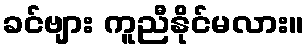
ခင်ဗျား ကူညီနိုင်မလား။